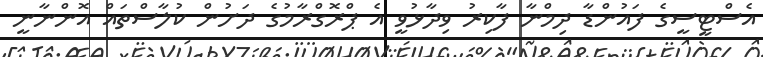
އެސްޓީސީގެ ފައުންޑާ ދިމްނާ ފާކިރު ވިދާޅުވީ އެ ޕްރޮގްރާމުގެ ދަށުން ކުލާސްތައް އޮންނާނީ